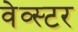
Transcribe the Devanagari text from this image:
वेव्स्टर